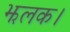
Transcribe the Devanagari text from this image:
झलक।